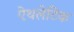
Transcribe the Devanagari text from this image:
ऐथलेटिक